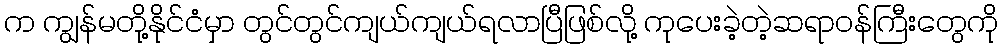
က ကျွန်မတို့နိုင်ငံမှာ တွင်တွင်ကျယ်ကျယ်ရလာပြီဖြစ်လို့ ကုပေးခဲ့တဲ့ဆရာဝန်ကြီးတွေကို